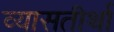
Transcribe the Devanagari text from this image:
व्यासतीर्था